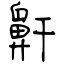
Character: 鼾